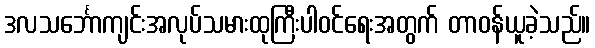
ဒလသင်္ဘောကျင်းအလုပ်သမားထုကြီးပါဝင်ရေးအတွက် တာဝန်ယူခဲ့သည်။